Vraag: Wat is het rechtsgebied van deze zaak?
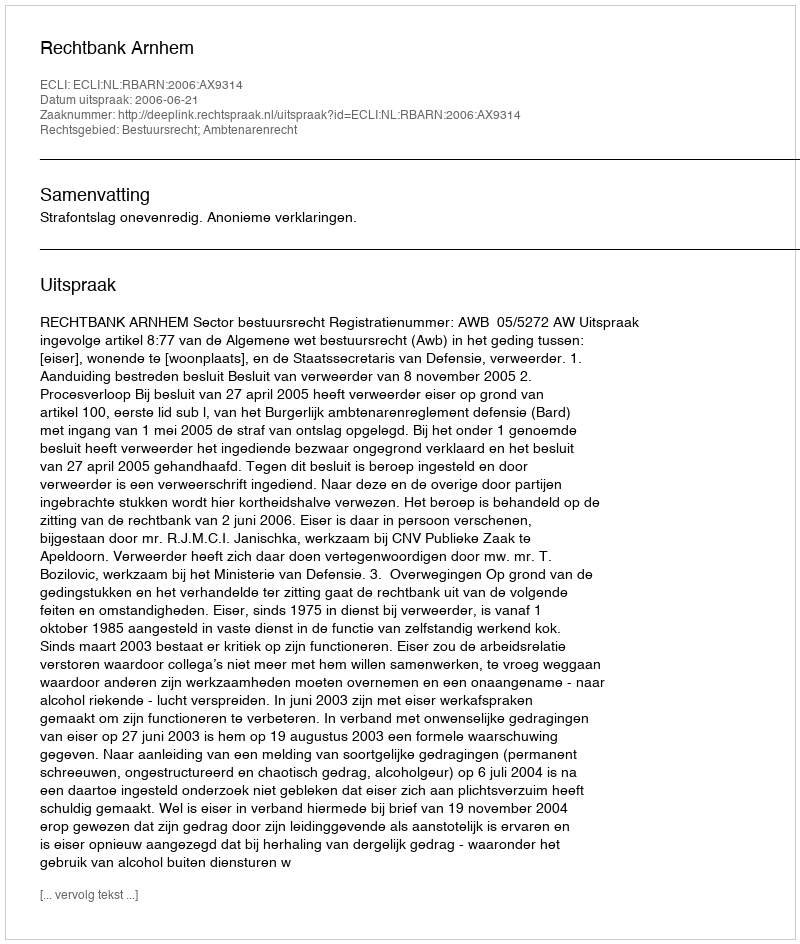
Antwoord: Bestuursrecht; Ambtenarenrecht